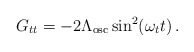
\begin{align*}G_{tt} = - 2\Lambda_\mathrm{osc} \sin^2(\omega_t t)\,.\end{align*}